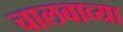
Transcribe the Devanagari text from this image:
चालवाव्या